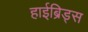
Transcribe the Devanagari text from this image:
हाईब्रिड्स